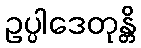
ဥပ္ပါဒေတုန္တိ